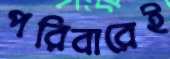
পরিবারেই